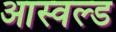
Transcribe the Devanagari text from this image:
आस्वल्ड